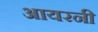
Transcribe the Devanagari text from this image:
आयरनी